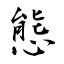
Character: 態